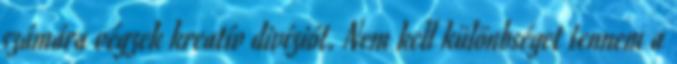
számára végzek kreatív divíziót. Nem kell különbséget tennem a